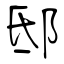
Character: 邸